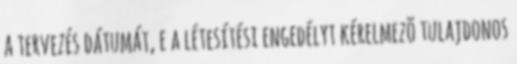
a tervezés dátumát, e a létesítési engedélyt kérelmezõ tulajdonos